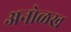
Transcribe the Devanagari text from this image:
अनोळख